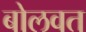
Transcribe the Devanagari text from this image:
बोलवत